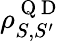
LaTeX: \rho_{S,S^{\prime}}^{\mathrm{~Q~D~}}